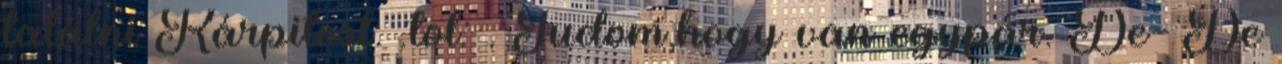
találni Kárpitost. :lol: . Tudom,hogy van egypár. De- De